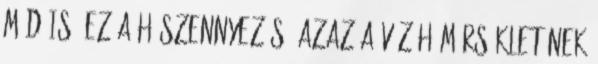
mód is: ez a hőszennyezés, azaz a víz hőmérsékletének